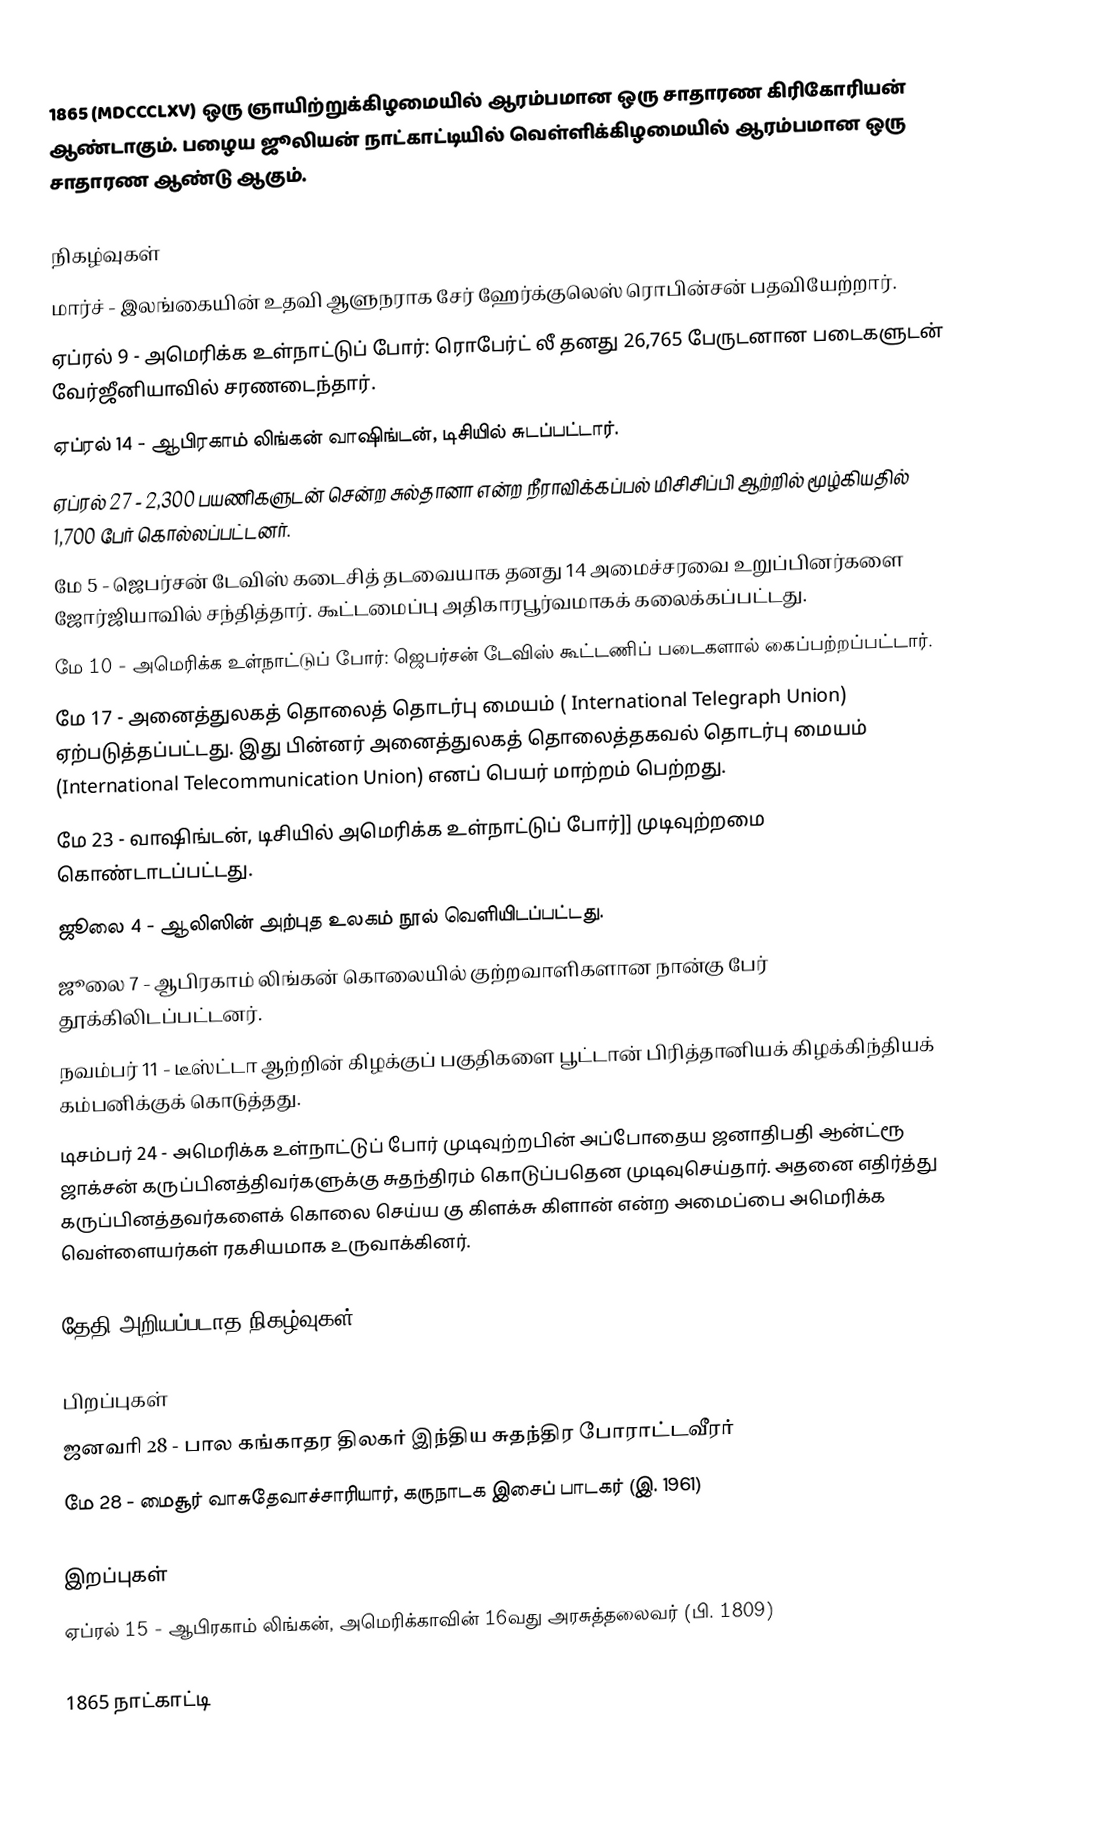
1865  (MDCCCLXV) ஒரு ஞாயிற்றுக்கிழமையில் ஆரம்பமான ஒரு சாதாரண கிரிகோரியன் ஆண்டாகும். பழைய ஜூலியன் நாட்காட்டியில் வெள்ளிக்கிழமையில் ஆரம்பமான ஒரு சாதாரண ஆண்டு ஆகும்.

நிகழ்வுகள்
 மார்ச் - இலங்கையின் உதவி ஆளுநராக சேர் ஹேர்க்குலெஸ் ரொபின்சன் பதவியேற்றார்.
 ஏப்ரல் 9 - அமெரிக்க உள்நாட்டுப் போர்: ரொபேர்ட் லீ தனது 26,765 பேருடனான படைகளுடன் வேர்ஜீனியாவில் சரணடைந்தார்.
 ஏப்ரல் 14 - ஆபிரகாம் லிங்கன் வாஷிங்டன், டிசியில் சுடப்பட்டார்.
 ஏப்ரல் 27 - 2,300 பயணிகளுடன் சென்ற சுல்தானா என்ற நீராவிக்கப்பல் மிசிசிப்பி ஆற்றில் மூழ்கியதில் 1,700 பேர் கொல்லப்பட்டனர்.
 மே 5 - ஜெபர்சன் டேவிஸ் கடைசித் தடவையாக தனது 14 அமைச்சரவை உறுப்பினர்களை ஜோர்ஜியாவில் சந்தித்தார். கூட்டமைப்பு அதிகாரபூர்வமாகக் கலைக்கப்பட்டது.
 மே 10 - அமெரிக்க உள்நாட்டுப் போர்: ஜெபர்சன் டேவிஸ் கூட்டணிப் படைகளால் கைப்பற்றப்பட்டார்.
 மே 17 - அனைத்துலகத் தொலைத் தொடர்பு மையம் ( International Telegraph Union) ஏற்படுத்தப்பட்டது. இது பின்னர் அனைத்துலகத் தொலைத்தகவல் தொடர்பு மையம் (International Telecommunication Union) எனப் பெயர் மாற்றம் பெற்றது.
 மே 23 - வாஷிங்டன், டிசியில் அமெரிக்க உள்நாட்டுப் போர்]] முடிவுற்றமை கொண்டாடப்பட்டது.
 ஜூலை 4 - ஆலிஸின் அற்புத உலகம் நூல் வெளியிடப்பட்டது.
 ஜூலை 7 - ஆபிரகாம் லிங்கன் கொலையில் குற்றவாளிகளான நான்கு பேர் தூக்கிலிடப்பட்டனர்.
 நவம்பர் 11 - டீஸ்ட்டா ஆற்றின் கிழக்குப் பகுதிகளை பூட்டான் பிரித்தானியக் கிழக்கிந்தியக் கம்பனிக்குக் கொடுத்தது.
 டிசம்பர் 24 - அமெரிக்க உள்நாட்டுப் போர் முடிவுற்றபின் அப்போதைய ஜனாதிபதி ஆன்ட்ரூ ஜாக்சன் கருப்பினத்திவர்களுக்கு சுதந்திரம் கொடுப்பதென முடிவுசெய்தார். அதனை எதிர்த்து கருப்பினத்தவர்களைக் கொலை செய்ய கு கிளக்சு கிளான் என்ற அமைப்பை அமெரிக்க வெள்ளையர்கள் ரகசியமாக உருவாக்கினர்.

தேதி அறியப்படாத நிகழ்வுகள்

பிறப்புகள்
 ஜனவரி 28 - பால கங்காதர திலகர் இந்திய சுதந்திர போராட்டவீரர்
 மே 28 - மைசூர் வாசுதேவாச்சாரியார், கருநாடக இசைப் பாடகர் (இ. 1961)

இறப்புகள்
 ஏப்ரல் 15 - ஆபிரகாம் லிங்கன், அமெரிக்காவின் 16வது அரசுத்தலைவர் (பி. 1809)

1865 நாட்காட்டி

1865